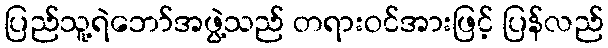
ပြည်သူ့ရဲဘော်အဖွဲ့သည် တရားဝင်အားဖြင့် ပြန်လည်